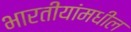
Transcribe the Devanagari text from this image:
भारतीयांमधील